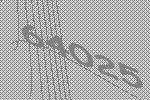
64025